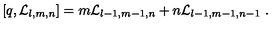
[ q , { \cal L } _ { l , m , n } ] = m { \cal L } _ { l - 1 , m - 1 , n } + n { \cal L } _ { l - 1 , m - 1 , n - 1 } \ .